Sketch of the medical history of the native army of Bombay, for the year
Year: 1875
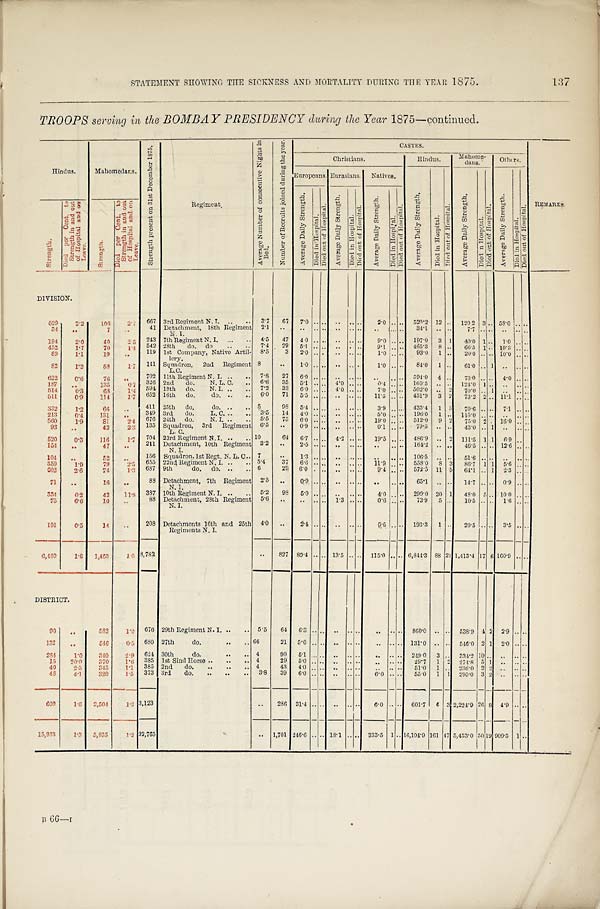
STATEMENT SHOWING THE SICKNESS AND MORTALITY DURING THE YEAR 1875.
137
TROOPS serving in the BOMBAY PRESIDENCY during the Year 1875—continued.
Hindus.
Mahomedars.
S t r e n g t h p r e s e n t o n 3 1 s t D e c e m b e r 1 8 7 5 .
Re gi me nt .
A v e r a g e N u m b e r o f c o n s e c u t i v e N i g h t s i n
B e d .
N u m b e r o f R e c r u i t s j o i n e d d u r i n g t h e y e a r .
CASTES.
Christians.
Hindus.
Mahome-
dans.
Others.
Europeans. Eurasians.
Natives.
A v e r a g e D a i l y S t r e n g t h .
D i e d i n H o s p i t a l .
D i e d o u t o f H o s p i t a l .
A v e r a g e D a i l y S t r e n g t h .
D i e d i n H o s p i t a l . D i e d o u t o f H o s p i t a l .
A v e r a g e D a i l y S t r e n g t h .
Di e d i n Ho s p i t a l .
D i e d o u t o f H o s p i t a l .
REMARKS.
A v e r a g e D a i l y S t r e n g t h .
D i e d i n H o s p i t a l .
D i e d o u t o f H o s p i t a l .
A v e r a g e D a i l y S t r e n g t h .
D i e d i n H o s p i t a l .
D i e d o u t o f H o s p i t a l .
A v e r a g e D a i l y S t r e n g t h .
D i e d i n H o s p i t a l .
D i e d o u t o f H o s p i t a l .
S t r e n g t h .
D i e d p e r C e n t . t o
S t r e n g t h i n a n d o u t
o f H o s p i t a l a n d o nL
e a v e .
S t r e n g t h .
D i e d p e r C e n t . t o
S t r e n g t h i n a n d o u to
f H o s p i t a l a n d o nL
e a v e .
DIVISION.
529
2.2
1 0 6
2 . 7
667 3rd Regiment N. I.
..
..
3.7
67
7.0 .. ..
..
. . . .
2.0 ..
..
520.2 12
. .
120 2
3 . . 58.0
..
. .
34
..
7
. .
41 Detachment, 18th Regiment
N. I.
2.1
..
. .
. .
..
. . . . . .
. .
....
34.1
.. ..
7 . 7
. . . .
. .
..
. .
194
2.0
40
2 . 5
243 7th Regiment N. I.
..
..
4.5
47
4.0 .. ..
..
.. ..
9.0 .. ..
197.0
3 1
40.0 1 ..
1.0 .. ..
452
1.7
70
1.4
542 28th do. do
..
..
7.4
29
5.1 .. .. ..
. . . .
9.1
. .
..
465.3
8 ..
66.5 1 . .
10.3 ..
. .
89
1.1
19
. .
119 1st Company, Native Artil-
lery.
8.5
3
2.0 .. ..
..
. . . .
1.0 . .
..
93.0
1 ..
20.0 .. .. 10.0 ..
. .
82
1.2
58
1.7
141 Squadron, 2nd Regiment
L.C.
8
. .
1 . 0 . .
..
. . . . . .
1.0 ....
84.0
1 ..
61.0 .. 1
. . ..
. .
622
0.6
76
. .
702
11th Regiment N. I. ..
..
7.8
27
6.0
. . ..
. . .. . .
. .
. .
..
594.0
4 ..
73.0
. . . .
4.0
..
. .
187
. .
135
0 . 7
326 2nd do. N. L. C.
..
6.6
35
5.1 .. ..
4.0
. . . .
0.4
..
. .
..
160.5
. . . .
124.0
1 ..
..
..
. .
514
0.3
63
1 . 4 594 18th do. N. I. ..
..
7.2
33
6.0 .. ..
4.0 .. ..
7.0 . .
..
502.0 ..
2
7 0 . 0 .. 1
. .
..
. .
511
0.9
114
1.7
652 16th do. do. ..
..
6 . 0 71
5 . 5 . . ..
..
.. ..
11.5
. .
..
451.9
3 2
73.2
2 .. 11.1 .. . .
332
1 . 2
66
. . 411
25th do. do. ..
.. 5
98
5.4
. . ..
. . .. ..
3.9
. .
..
435.4
1
3
70.6 .. ..
7.1 .. ..
213
0.4
1 3 1
. . 349 3rd do. L.C.
3.5
14
4.0
. .
..
. . . . . .
5.0 . .
..
196.0
1 ..
115.0
. . . .
. . ..
. .
560
1.9
8 1
2.4
676 24th do. N. I. ..
..
5.5
75
6.0 .. ..
..
.. ..
19.0
. .
..
512.0
9
2
75.0
2
..
16.0
.. . .
93
..
42
2.3
135 Squadron, 3rd Regiment
L. C.
6.5
. .
0.9
. . ..
. .
. . ..
0.1 ....
7 9 . 5
..
. .
43.0 .. 1
. .
..
. .
520
0 . 3
116
1.7
704 23rd Regiment N. I. ..
.. 10
64
6.7
. . ..
4.2 .. ..
19.5 . .
..
486.9
..
2
111.5
1
1
6.9 ..
. .
154
..
47
. .
211 Detachment, 10th Regiment
N. I.
3.2
. .
2.5 .. ..
..
.. ..
. .
. .
..
164.2 ..
. .
46.5 .. .. 12.6 .. . .
104
. .
5 2
. .
156 Squadron, 1st Regt. N. L. C .
7
. .
1 . 3 . .
..
. . . . . .
. .
. .
..
1 0 6 . 5
. . . .
5 1 . 6 . . . .
. .
..
. .
559
1 . 9
79
2 . 5
655 22nd Regiment N. I. ..
.. 5.4
37
6.6 .. ..
. .
. . . .
11.9 . .
..
558.0
8 3
86.7
1
1
5.6 .. . .
6 0 2
2.6
74
1 . 3 687 9th do. do. ..
.. 6
29 6.0
. . ..
..
. . . .
9.4 ....
572.5 11 5
64.1 .. 1
2.3 .. . .
71
. .
16
. .
88 Detachment, 7th Regiment
N. I.
2.5
..
0.9 .. ..
..
.. ..
. .
. .
..
65.1
.. ..
14.7 .. ..
0.9 .. ..
334
6.2
42
11.9
337 10th Regiment N. I. ..
.
5.2
98
5.0
. . ..
..
.. ..
4.0 . .
..
299.0 20 1
48.0
5 ..
10.0 .. ..
75
6.6
10
..
88 Detachment, 28th Regiment
N. I.
5.6
. .
..
.. ..
1.3 .. ..
0.6 ..
..
7 3 . 9
5 ..
10.5 .. ..
1.6 .. . .
191
0.5
14
. .
208 Detachments 16th and 25th
Regiments N. I.
4.0
..
2.4 .. ..
. . .. ..
0 . 6 . .
..
193.3
1
. .
20.5 .. ..
3.5 .. . .
6,480
1 . 6
1,463
1 . 5 8,782
..
827 89.4 .. .. 13.5
. . . . 115.0
. . .. 6,844.3 88 21 1,413.4 17 6 160.9 ..
. .
DISTRICT.
90
. .
583
1 . 0 676 29th Regiment N. I. ..
..
5.5
64
6.3
. .
..
..
. . ..
. .
. .
..
860.0 ..
. .
538.9 4 2
2.9 .. . .
132
. .
546
0.5
680 27th
do.
..
.. 66
2 1
5 . 0 . .
..
. .
. . . .
. .
. . .. 131.0 ..
. . 546.0 2 1
2.0 ..
. .
284
1.0
340
2.9
624 30th do.
..
4
90
5.1 .. ..
..
. . . .
..
. .
..
249.0
3
. . 334.2 10
. .
. . ..
. .
15
20.0
370
1 . 6
385 1st Sind Horse .....
4
29
5.0 ..
.. ..
.. ..
. . .. ..
29.7
1
2
274.8 5
1
..
..
. .
40
2.5
345
1 . 1
385 2nd do.
..
..
.. 4
43
4.0 .. ..
..
.. ..
. .
. .
..
51.0
1 ..
236.0 2 2
..
..
. .
48
4.1
320
1.5
373 3rd do.
..
..
..
3.8
39
6.0 .. ..
..
.. ..
6.0 .. ..
55.0
1 1
295.0 3 2 ..
.. . .
6 0 9
1.6
2,504
1 . 3 3,123
..
286
31.4 .. .. ..
.. ..
6.0 .. ..
601.7
6 3 2,224 9 26 8 4.9 ..
. .
15,933
1.3
5,835
1 . 2 22,765
..
1,701 246.6 .. .. 18.1 ..
. . 333.5 1 .. 16,104.9 161 47 5,453.0 50 1 9 909.5 1 ..
B 66—1